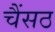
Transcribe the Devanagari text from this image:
चैंसठ